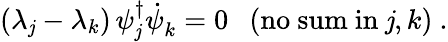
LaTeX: (\lambda_{\mathit{j}}-\lambda_{k})\, \psi_{\mathit{j}}^{\dagger}{\dot{{\psi}}}_{k}^{}=0~~~\mathrm{{(no~sum~in}}~\mathit{j},k\mathrm{{)}}~.